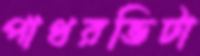
পাথরভিটা